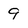
Character: 9